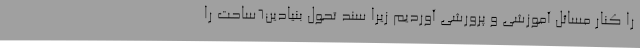
را کنار مسائل آموزشی و پرورشی آوردیم زیرا سند تحول بنیادین6ساحت را